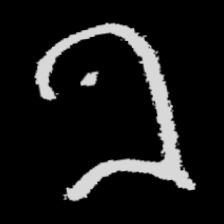
Pyu character \u2014 Myanmar letter: ခ (romanized: kha)